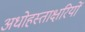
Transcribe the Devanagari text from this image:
अधोहस्ताक्षरियों